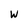
Character: w